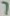
Text: 7